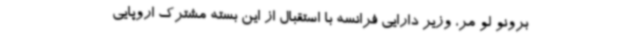
برونو لو مر، وزیر دارایی فرانسه با استقبال از این بسته مشترک اروپایی